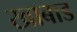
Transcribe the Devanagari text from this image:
खाबाड